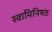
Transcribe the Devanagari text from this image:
स्वामिनिषठ